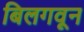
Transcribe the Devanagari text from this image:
बिलगवून